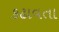
કઢાવતા